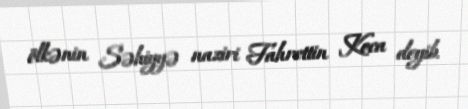
ölkənin Səhiyyə naziri Fahrettin Koca deyib.